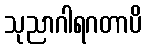
သုညာဂါရဂတာပိ